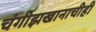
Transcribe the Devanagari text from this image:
चंगीझखानाचीही